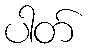
ပါတ်